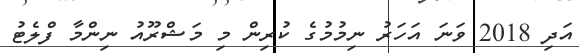
އަދި 2018 ވަނަ އަހަރު ނިމުމުގެ ކުރިން މި މަޝްރޫއު ނިންމާ ފްލެޓު